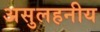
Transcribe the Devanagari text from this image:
असुलहनीय